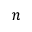
n